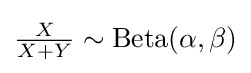
{\tfrac {X}{X+Y}}\sim \operatorname {Beta} (\alpha ,\beta )